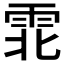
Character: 𫕡